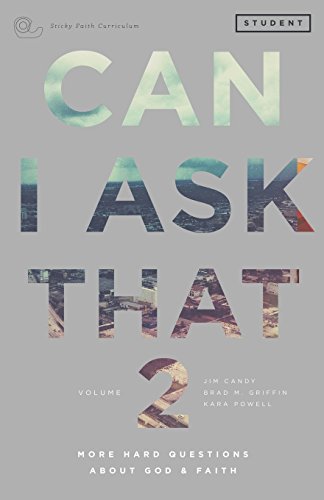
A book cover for Can I Ask That Volume 2: More Hard Questions About God & Faith [Sticky Faith Curriculum] Student Guide; Jim Candy; Christian Books & Bibles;